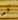
لو